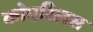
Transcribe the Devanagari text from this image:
कोएरिलस